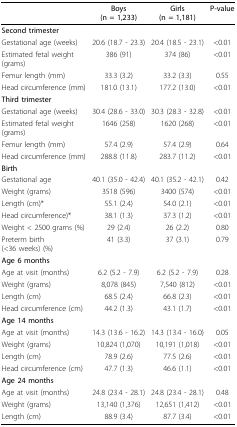
<table><thead><tr><td></td><td><b>Boys(n = 1,233)</b></td><td><b>Girls(n = 1,181)</b></td><td><b>P-value</b></td></tr></thead><tbody><tr><td><b>Second trimester</b></td><td></td><td></td><td></td></tr><tr><td>Gestational age (weeks)</td><td>20.6 (18.7 - 23.3)</td><td>20.4 (18.5 - 23.1)</td><td>&lt;0.01</td></tr><tr><td>Estimated fetal weight (grams)</td><td>386 (91)</td><td>374 (86)</td><td>&lt;0.01</td></tr><tr><td>Femur length (mm)</td><td>33.3 (3.2)</td><td>33.2 (3.3)</td><td>0.55</td></tr><tr><td>Head circumference (mm)</td><td>181.0 (13.1)</td><td>177.2 (13.0)</td><td>&lt;0.01</td></tr><tr><td><b>Third trimester</b></td><td></td><td></td><td></td></tr><tr><td>Gestational age (weeks)</td><td>30.4 (28.6 - 33.0)</td><td>30.3 (28.3 - 32.8)</td><td>&lt;0.01</td></tr><tr><td>Estimated fetal weight (grams)</td><td>1646 (258)</td><td>1620 (268)</td><td>&lt;0.01</td></tr><tr><td>Femur length (mm)</td><td>57.4 (2.9)</td><td>57.4 (2.9)</td><td>0.64</td></tr><tr><td>Head circumference (mm)</td><td>288.8 (11.8)</td><td>283.7 (11.2)</td><td>&lt;0.01</td></tr><tr><td><b>Birth</b></td><td></td><td></td><td></td></tr><tr><td>Gestational age</td><td>40.1 (35.0 - 42.4)</td><td>40.1 (35.2 - 42.1)</td><td>0.42</td></tr><tr><td>Weight (grams)</td><td>3518 (596)</td><td>3400 (574)</td><td>&lt;0.01</td></tr><tr><td>Length (cm)*</td><td>55.1 (2.4)</td><td>54.0 (2.1)</td><td>&lt;0.01</td></tr><tr><td>Head circumference)*</td><td>38.1 (1.3)</td><td>37.3 (1.2)</td><td>&lt;0.01</td></tr><tr><td>Weight &lt; 2500 grams (%)</td><td>29 (2.4)</td><td>26 (2.2)</td><td>0.80</td></tr><tr><td>Preterm birth (&lt;36 weeks) (%)</td><td>41 (3.3)</td><td>37 (3.1)</td><td>0.79</td></tr><tr><td><b>Age 6 months</b></td><td></td><td></td><td></td></tr><tr><td>Age at visit (months)</td><td>6.2 (5.2 - 7.9)</td><td>6.2 (5.2 - 7.9)</td><td>0.28</td></tr><tr><td>Weight (grams)</td><td>8,078 (845)</td><td>7,540 (812)</td><td>&lt;0.01</td></tr><tr><td>Length (cm)</td><td>68.5 (2.4)</td><td>66.8 (2.3)</td><td>&lt;0.01</td></tr><tr><td>Head circumference (cm)</td><td>44.2 (1.3)</td><td>43.1 (1.7)</td><td>&lt;0.01</td></tr><tr><td><b>Age 14 months</b></td><td></td><td></td><td></td></tr><tr><td>Age at visit (months)</td><td>14.3 (13.6 - 16.2)</td><td>14.3 (13.4 - 16.0)</td><td>0.05</td></tr><tr><td>Weight (grams)</td><td>10,824 (1,070)</td><td>10,191 (1,018)</td><td>&lt;0.01</td></tr><tr><td>Length (cm)</td><td>78.9 (2.6)</td><td>77.5 (2.6)</td><td>&lt;0.01</td></tr><tr><td>Head circumference (cm)</td><td>47.7 (1.3)</td><td>46.6 (1.1)</td><td>&lt;0.01</td></tr><tr><td><b>Age 24 months</b></td><td></td><td></td><td></td></tr><tr><td>Age at visit (months)</td><td>24.8 (23.4 - 28.1)</td><td>24.8 (23.4 - 28.1)</td><td>0.48</td></tr><tr><td>Weight (grams)</td><td>13,140 (1,376)</td><td>12,651 (1,412)</td><td>&lt;0.01</td></tr><tr><td>Length (cm)</td><td>88.9 (3.4)</td><td>87.7 (3.4)</td><td>&lt;0.01</td></tr></tbody></table>